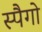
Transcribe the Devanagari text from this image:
स्पैगो